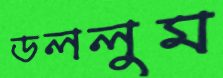
ডললুম